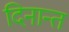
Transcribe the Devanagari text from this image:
दिनान्त